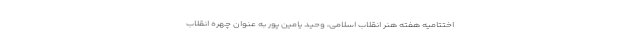
اختتامیه هفته هنر انقلاب اسلامی، وحید یامین ‌پور به عنوان چهره انقلاب